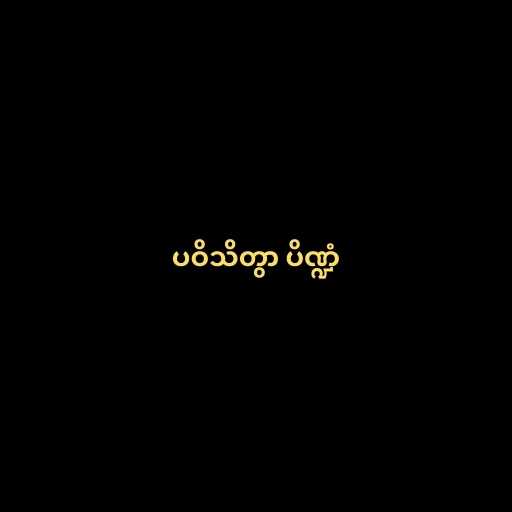
ပဝိသိတွာ ပိဏ္ဍံ